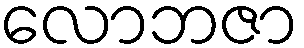
လောဘဇာ